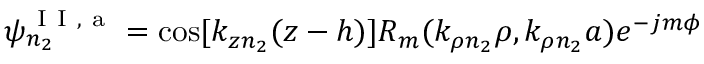
\psi _ { n _ { 2 } } ^ { \mathrm { ~ I ~ I ~ , ~ a ~ } } = \cos [ k _ { z n _ { 2 } } ( z - h ) ] R _ { m } ( k _ { \rho n _ { 2 } } \rho , k _ { \rho n _ { 2 } } a ) e ^ { - j m \phi }